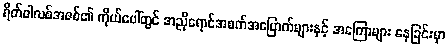
ရိတ်ဝါလစ်အဇစ်၏ ကိုယ်ပေါ်တွင် အညိုရောင်အစက်အပြောက်များနှင့် အကြောများ နေခြင်းမှာ